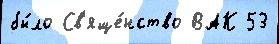
бы́ло Св'яще́нство ВАК 53